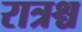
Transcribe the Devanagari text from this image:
रात्रश्च